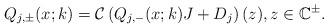
LaTeX: \begin{align*}Q_{j,\pm}(x;k)=\mathcal{C}\left(Q_{j,-}(x ; k) J+D_j\right)(z), z \in \mathbb{C}^{\pm}.\end{align*}